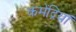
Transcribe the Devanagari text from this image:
कमेंद्रियां